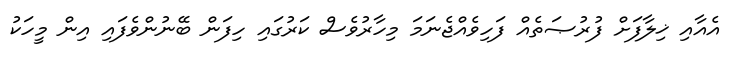
އެއާއި ޚިލާފަށް ފުރުޞަތެއް ފަހިވެއްޖެނަމަ މިހާރުވެސް ކަރުގައި ހިފަން ބޭނުންވެފައި އިން މީހަކު